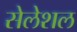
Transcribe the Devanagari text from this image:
सेलेशल